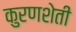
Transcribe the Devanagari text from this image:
कुरणशेती